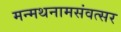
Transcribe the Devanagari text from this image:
मन्मथनामसंवत्सर